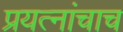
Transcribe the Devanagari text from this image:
प्रयत्‍नांचाच